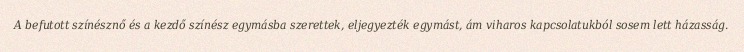
A befutott színésznő és a kezdő színész egymásba szerettek, eljegyezték egymást, ám viharos kapcsolatukból sosem lett házasság.